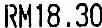
RM18.30